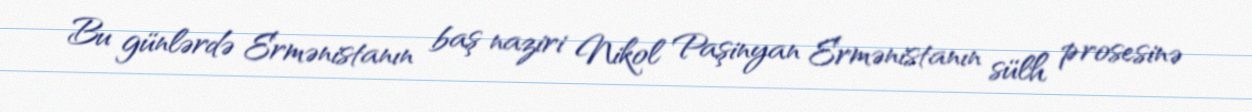
Bu günlərdə Ermənistanın baş naziri Nikol Paşinyan Ermənistanın sülh prosesinə